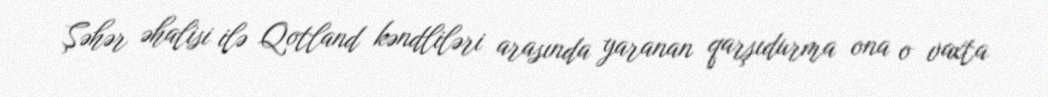
Şəhər əhalisi ilə Qotland kəndliləri arasında yaranan qarşıdurma ona o vaxta